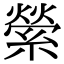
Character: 縈